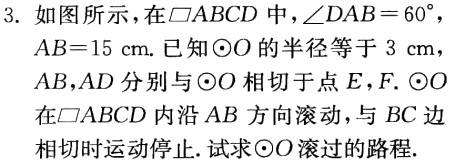
3. 如图所示，在$\square ABCD$中，$\angle DAB = 60^{\circ}$，$AB = 15\mathrm{cm}$. 已知$\odot O$的半径等于$3\mathrm{cm}$，$AB$，$AD$分别与$\odot O$相切于点$E$，$F$. $\odot O$在$\square ABCD$内沿$AB$方向滚动，与$BC$边相切时运动停止. 试求$\odot O$滚过的路程.